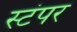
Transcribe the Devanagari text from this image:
स्टंपर